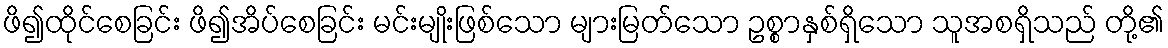
ဖိ၍ထိုင်စေခြင်း ဖိ၍အိပ်စေခြင်း မင်းမျိုးဖြစ်သော များမြတ်သော ဥစ္စာနှစ်ရှိသော သူအစရှိသည် တို့၏